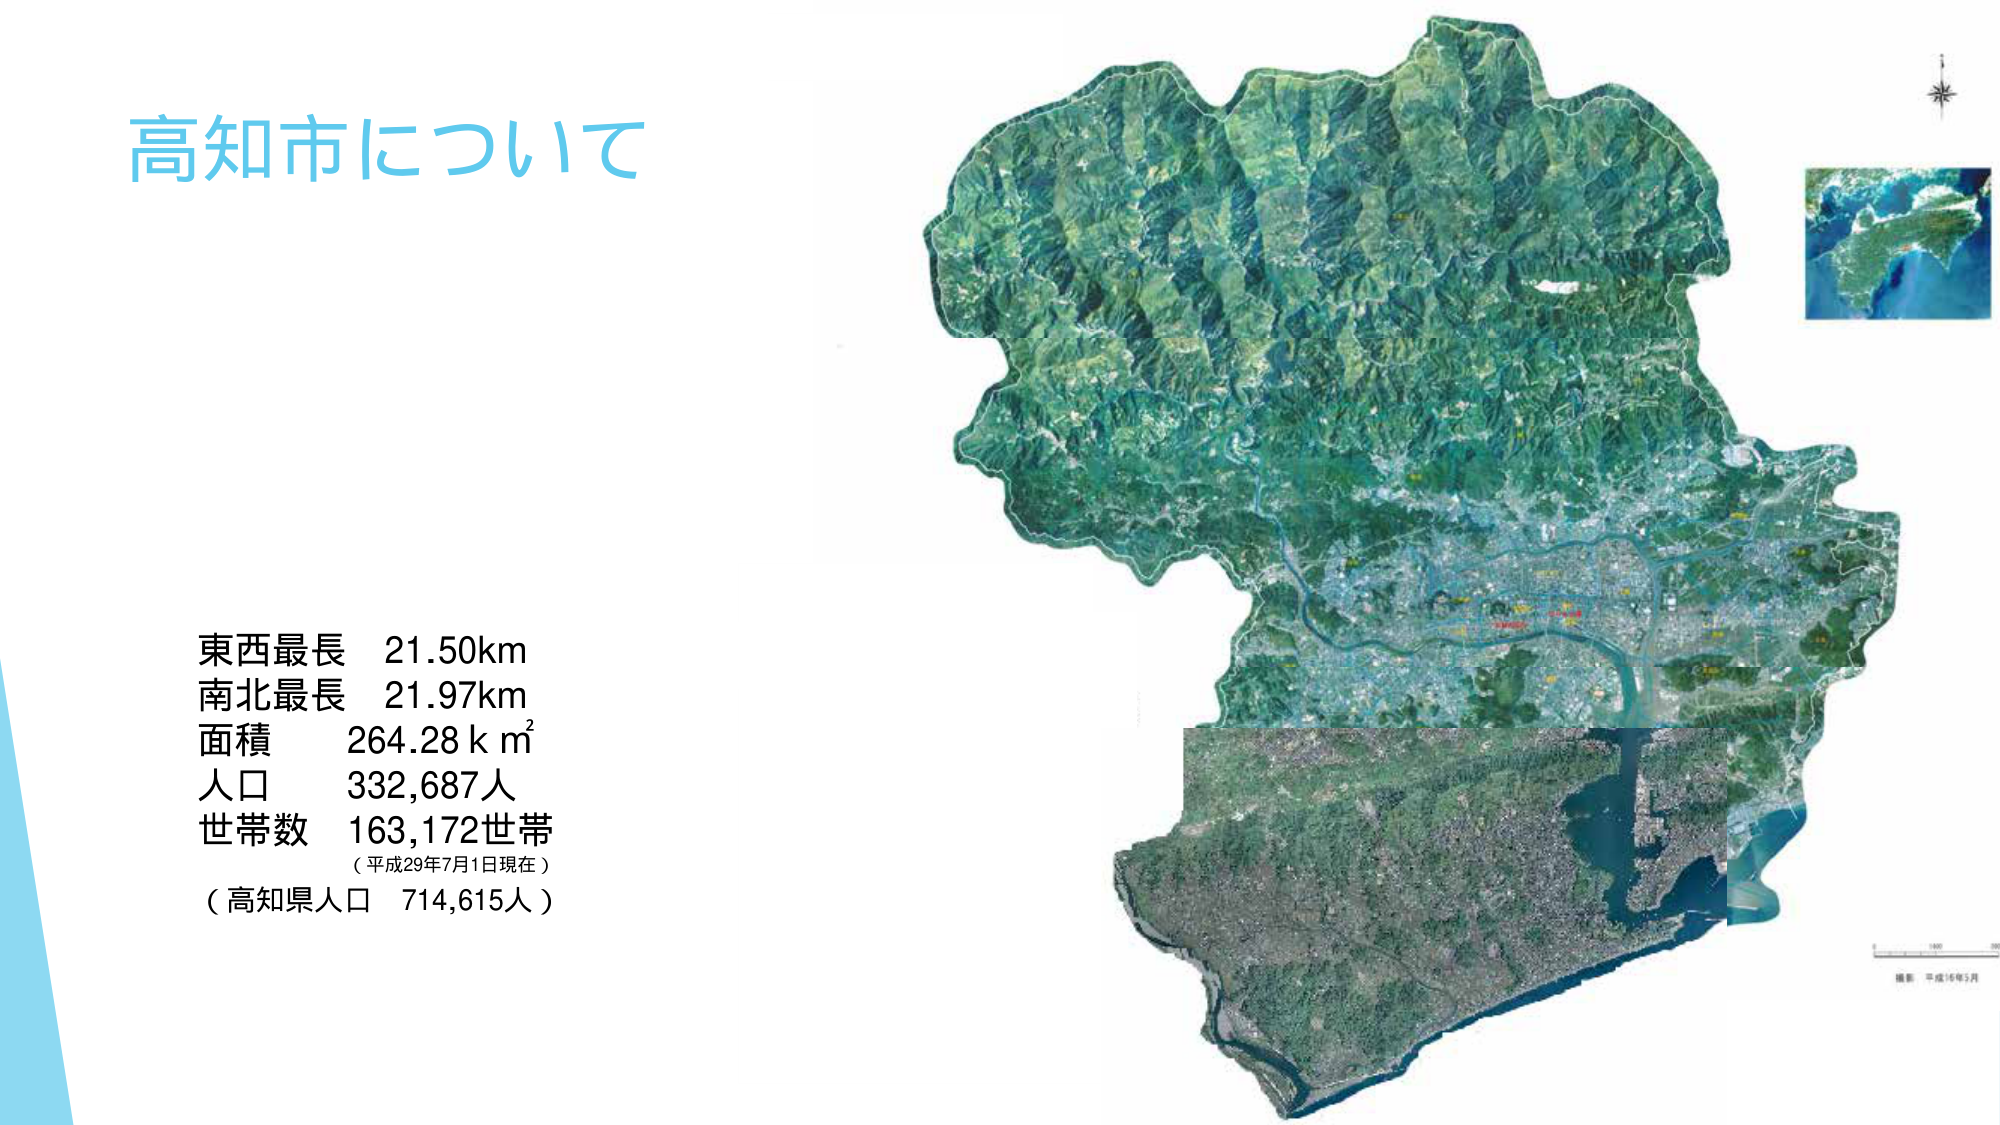
高知市について

東西最長 21.50km
南北最長 21.97km
面積 264.28 k m²
人口 332,687人
世帯数 163,172世帯
（平成29年7月1日現在）
（高知県人口 714,615人）

撮影 平成16年5月